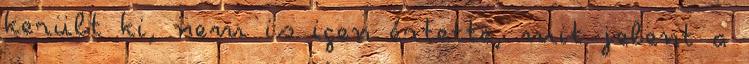
került ki, nem is igen értette, mit jelent a